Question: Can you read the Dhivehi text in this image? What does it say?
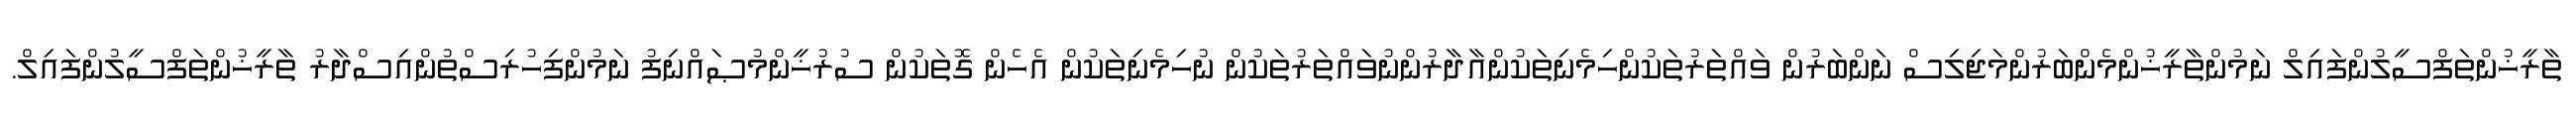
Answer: ތާރީޚުންތަފްސީލުންފައިލް ނަމުންތާރީޚުންމެންބަރުންމަޖިލިސް ނަންބަރުން ވައްތަރުތަކުންހިމެނިތަކުންއާދާރުންނުވައްތަރުތަކުން ނުހިމެނިތަކުން އެހެން ގޮތަކުން ސުރުޚީންމުޞައްނިފު ނަމުންފިހުރިސްތުންއިސްދާރު ތާރީޚުންތަފްސީލުންފައިލް.